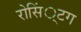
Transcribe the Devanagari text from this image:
रोसिं्टग